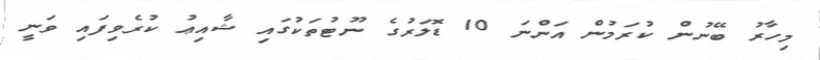
މިހާރު ބޭނުން ކުރަމުން އަންނަ 10 ޑޮލަރުގެ ނޫޓުތަކުގައި ޝާއިޢު ކުރެވިފައި ވަނީ